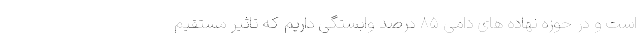
است و در حوزه نهاده های دامی ۸۵ درصد وابستگی داریم که تاثیر مستقیم